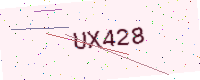
Text: UX428